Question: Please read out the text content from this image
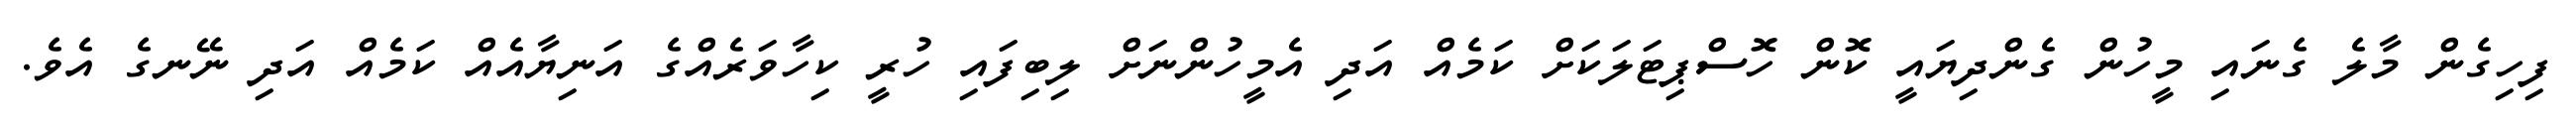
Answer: ފިހިގެން މާލެ ގެނައި މީހުން ގެންދިޔައީ ކޮން ހޮސްޕިޓަލަކަށް ކަމެއް އަދި އެމީހުންނަށް ލިބިފައި ހުރީ ކިހާވަރެއްގެ އަނިޔާއެއް ކަމެއް އަދި ނޭނގެ އެވެ.